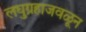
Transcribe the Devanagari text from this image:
लघुग्रहाजवळून